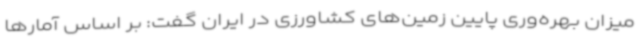
میزان بهره‌وری پایین زمین‌های کشاورزی در ایران گفت: بر اساس آمارها